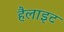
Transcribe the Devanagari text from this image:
हैलाइट